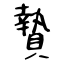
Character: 贄